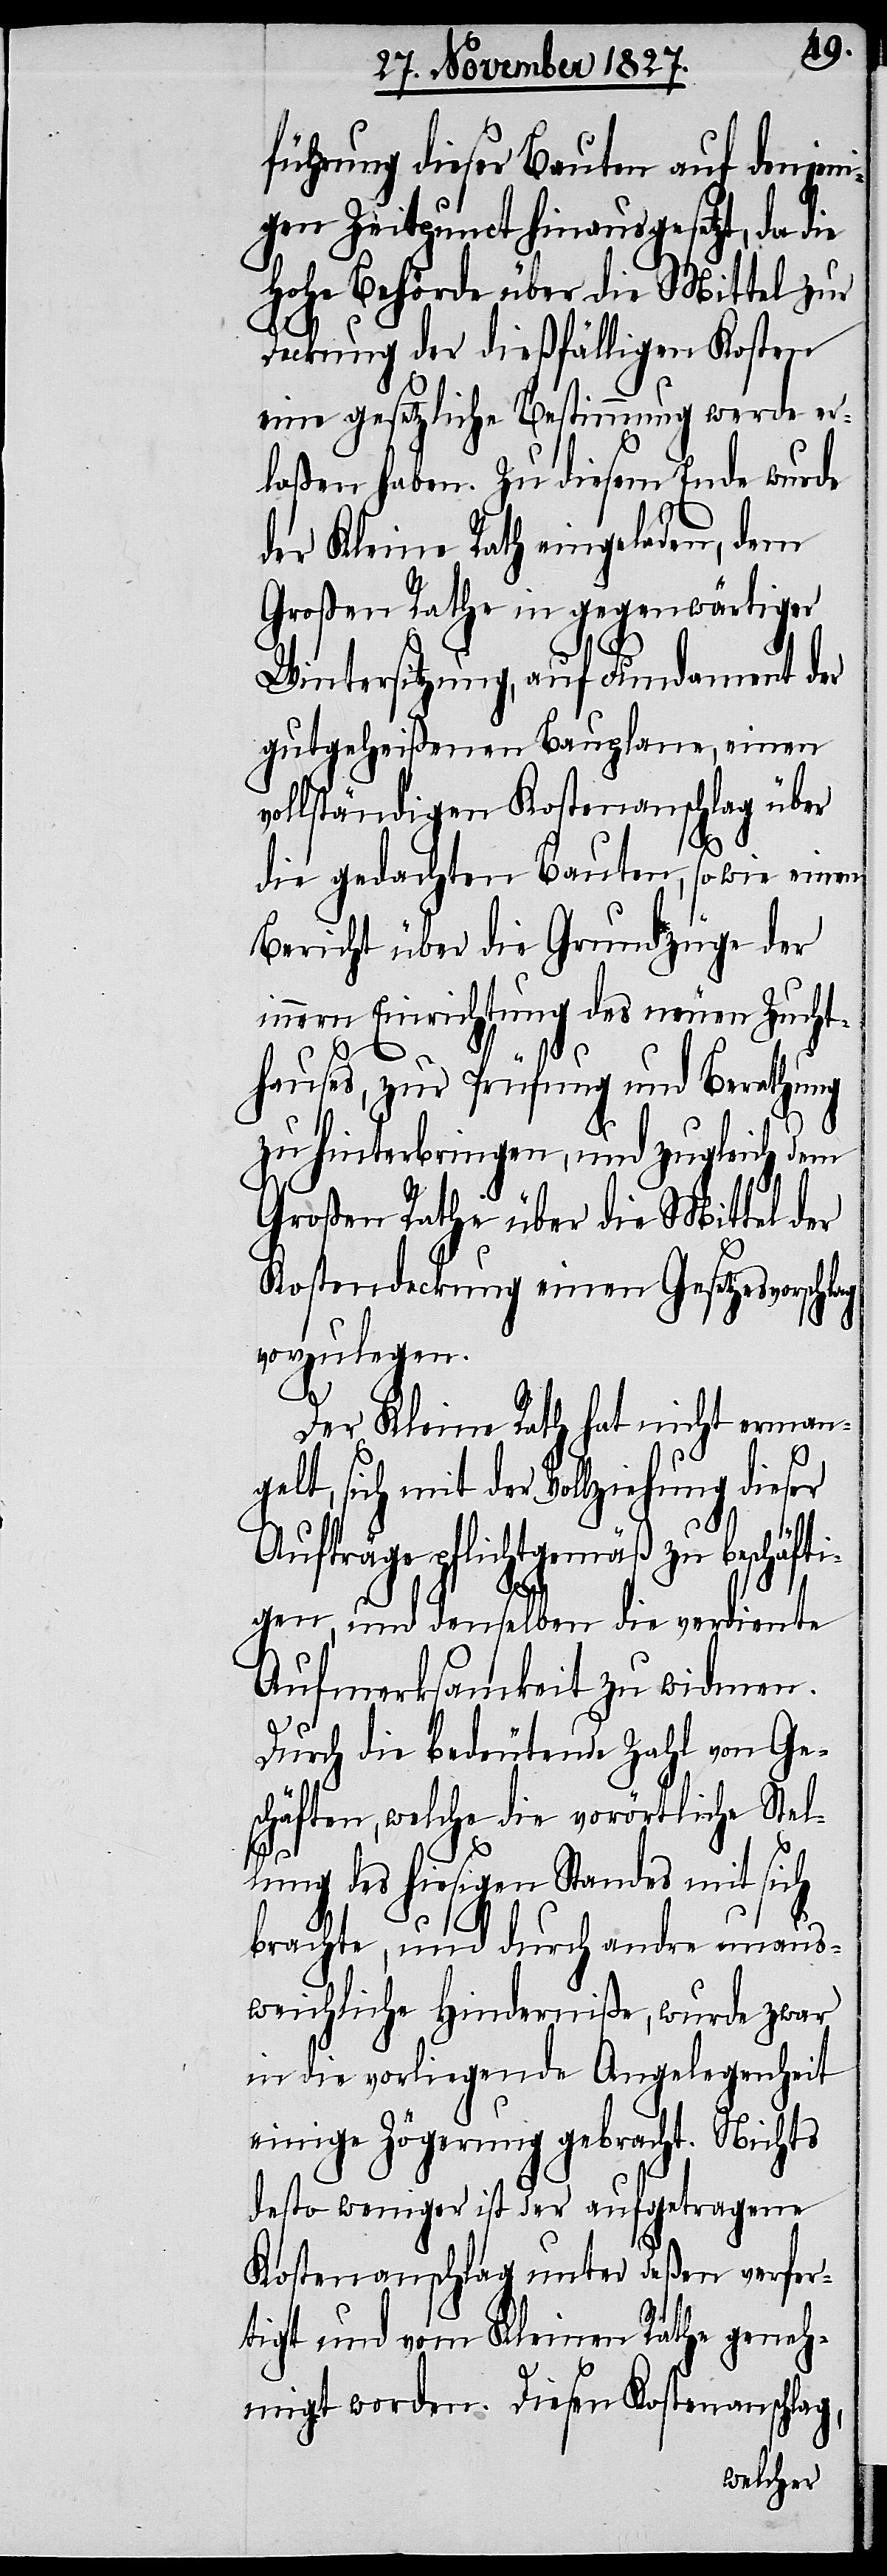
führung dieser Bauten auf denjeni¬
gen Zeitpunct hinausgesetzt, da die
Hohe Behörde über die Mittel zur
Deckung der dießfälligen Kosten
eine gesetzliche Bestimmung werde er¬
laßen haben. Zu diesem Ende wurde
der Kleine Rath eingeladen, dem
Großen Rathe in gegenwärtiger
Wintersitzung, auf Fundament der
gutgeheißenen Bauplane, einen
vollständigen Kostenanschlag über
die gedachten Bauten, so wie einen
Bericht über die Grundzüge der
innern Einrichtung des neuen Zucht¬
hauses, zur Prüfung und Berathung
zu hinterbringen, und zugleich dem
Großen Rathe über die Mittel der
Kostendeckung einen Gesetzesvorschlag
vorzulegen.
Der Kleine Rath hat nicht erman¬
gelt, sich mit der Vollziehung dieser
Aufträge pflichtgemäß zu beschäfti¬
gen, und denselben die verdiente
Aufmerksamkeit zu widmen.
Durch die bedeutende Zahl von Ge¬
schäften, welche die vorörtliche Stel¬
lung des hiesigen Standes mit sich
brachte, und durch andre unaus¬
weichliche Hinderniße, wurde zwar
in die vorliegende Angelegenheit
einige Zögerung gebracht. Nichts
desto weniger ist der aufgetragene
Kostenanschlag unter deßen verfer¬
tigt und vom Kleinen Rathe geneh¬
migt worden. Diesen Kostenanschlag,